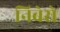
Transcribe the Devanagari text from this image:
निबेरो